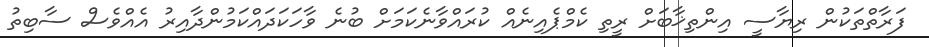
ފަރާތްތަކުން ރިޔާސީ އިންތިޚާބަށް ރީތި ކެމްޕެއިނެއް ކުރައްވާނެކަމަށް ބުނެ ވާހަކަދައްކަމުންދާއިރު އެއްވެސް ސާބިތު